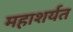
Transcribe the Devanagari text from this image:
महाशर्यत